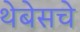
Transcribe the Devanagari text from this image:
थेबेसचे